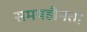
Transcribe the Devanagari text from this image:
समयहीनता